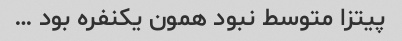
پیتزا متوسط نبود همون یکنفره بود …